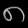
Digit: ၈